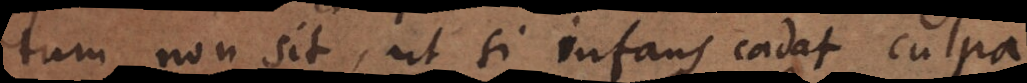
tum non sit, ut si infans cadat culpa